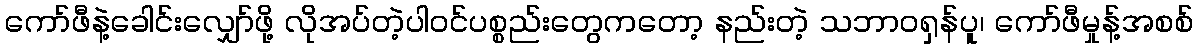
ကော်ဖီနဲ့ခေါင်းလျှော်ဖို့ လိုအပ်တဲ့ပါဝင်ပစ္စည်းတွေကတော့ နည်းတဲ့ သဘာဝရှန်ပူ၊ ကော်ဖီမှုန့်အစစ်